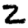
Digit: 2